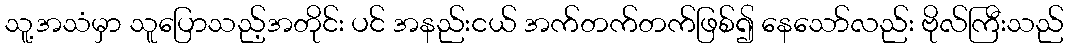
သူ့အသံမှာ သူပြောသည့်အတိုင်း ပင် အနည်းငယ် အက်တက်တက်ဖြစ်၍ နေသော်လည်း ဗိုလ်ကြီးသည်